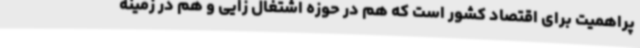
پراهمیت برای اقتصاد کشور است که هم در حوزه اشتغال زایی و هم در زمینه